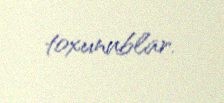
toxunublar.